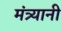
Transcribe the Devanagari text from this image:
मंत्र्यानी